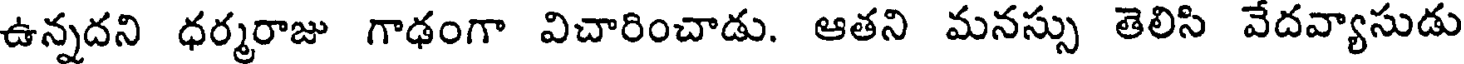
ఉన్నదని ధర్మరాజు గాఢంగా విచారించాడు. ఆతని మనస్సు తెలిసి వేదవ్యాసుడు